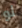
لو